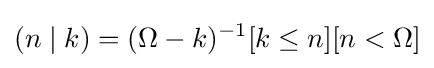
(n\mid k)=(\Omega -k)^{-1}[k\leq n][n<\Omega ]